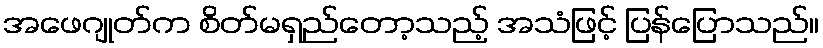
အဖေဂျုတ်က စိတ်မရှည်တော့သည့် အသံဖြင့် ပြန်ပြောသည်။